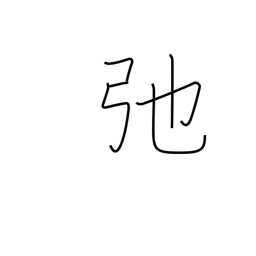
Meaning: slacken